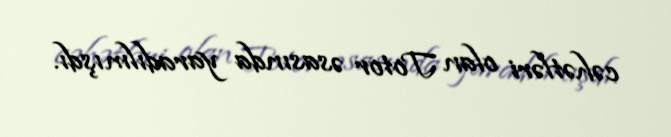
cəhətləri olan Totor əsasında yaradılmışdı.